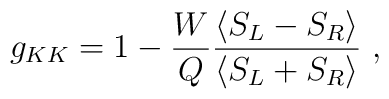
g_{KK}=1-{W\over Q}{\langle S_L-S_R\rangle\over\langle S_L+S_R\rangle}\ ,